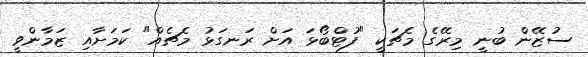
ސުޒޭން ބުނީ މިރޭގެ މެޗަކީ "ފުޓްބޯޅަ އަށް ރަނގަޅު މެޗެއް" ކަމަށާއި ޒަމާންވީ